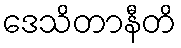
ဒေသိတာနီတိ